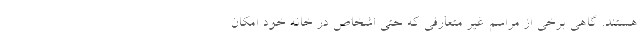
هستند. گاهی برخی از مراسم غیر متعارفی که حتی اشخاص در خانه‌ خود امکان